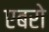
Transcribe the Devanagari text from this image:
एबरो